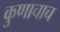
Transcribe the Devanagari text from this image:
कुणाचाच